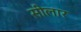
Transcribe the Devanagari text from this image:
सीलार